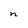
Character: n